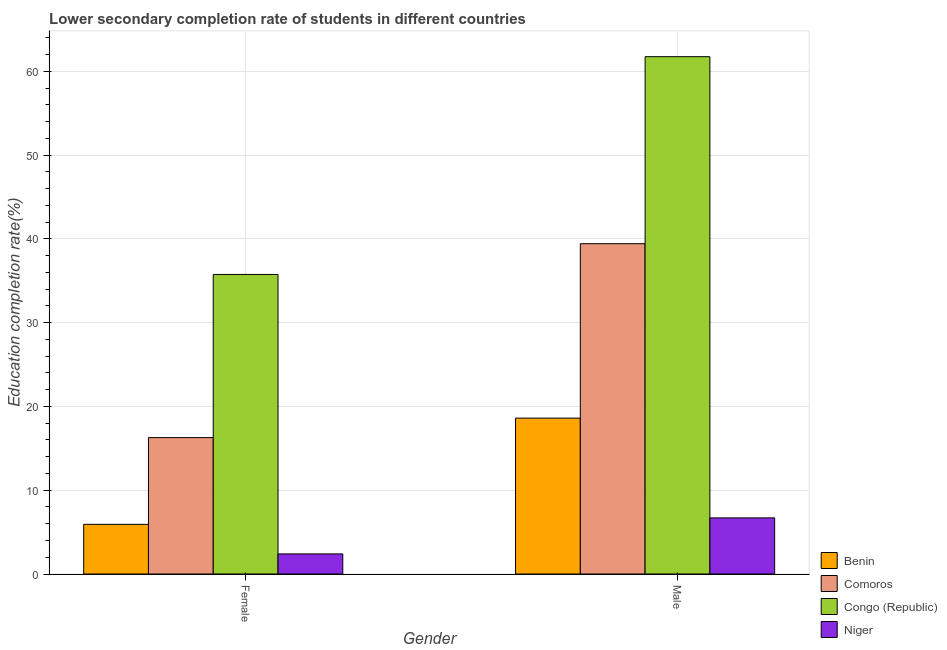
| Gender | Benin | Comoros | Congo (Republic) | Niger |
 | --- | --- | --- | --- | --- |
 | Female | 5.93 | 16.3 | 35.7 | 2.4 |
 | Male | 18.6 | 39.4 | 61.7 | 6.7 |